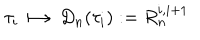
\tau _ { i } \longmapsto D _ { n } ( \tau _ { i } ) : = R _ { n } ^ { i , i + 1 }